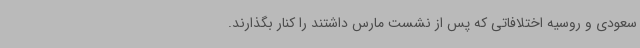
سعودی و روسیه اختلافاتی که پس از نشست مارس داشتند را کنار بگذارند.